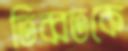
তিব্বতকে